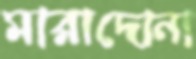
মারাদোনা